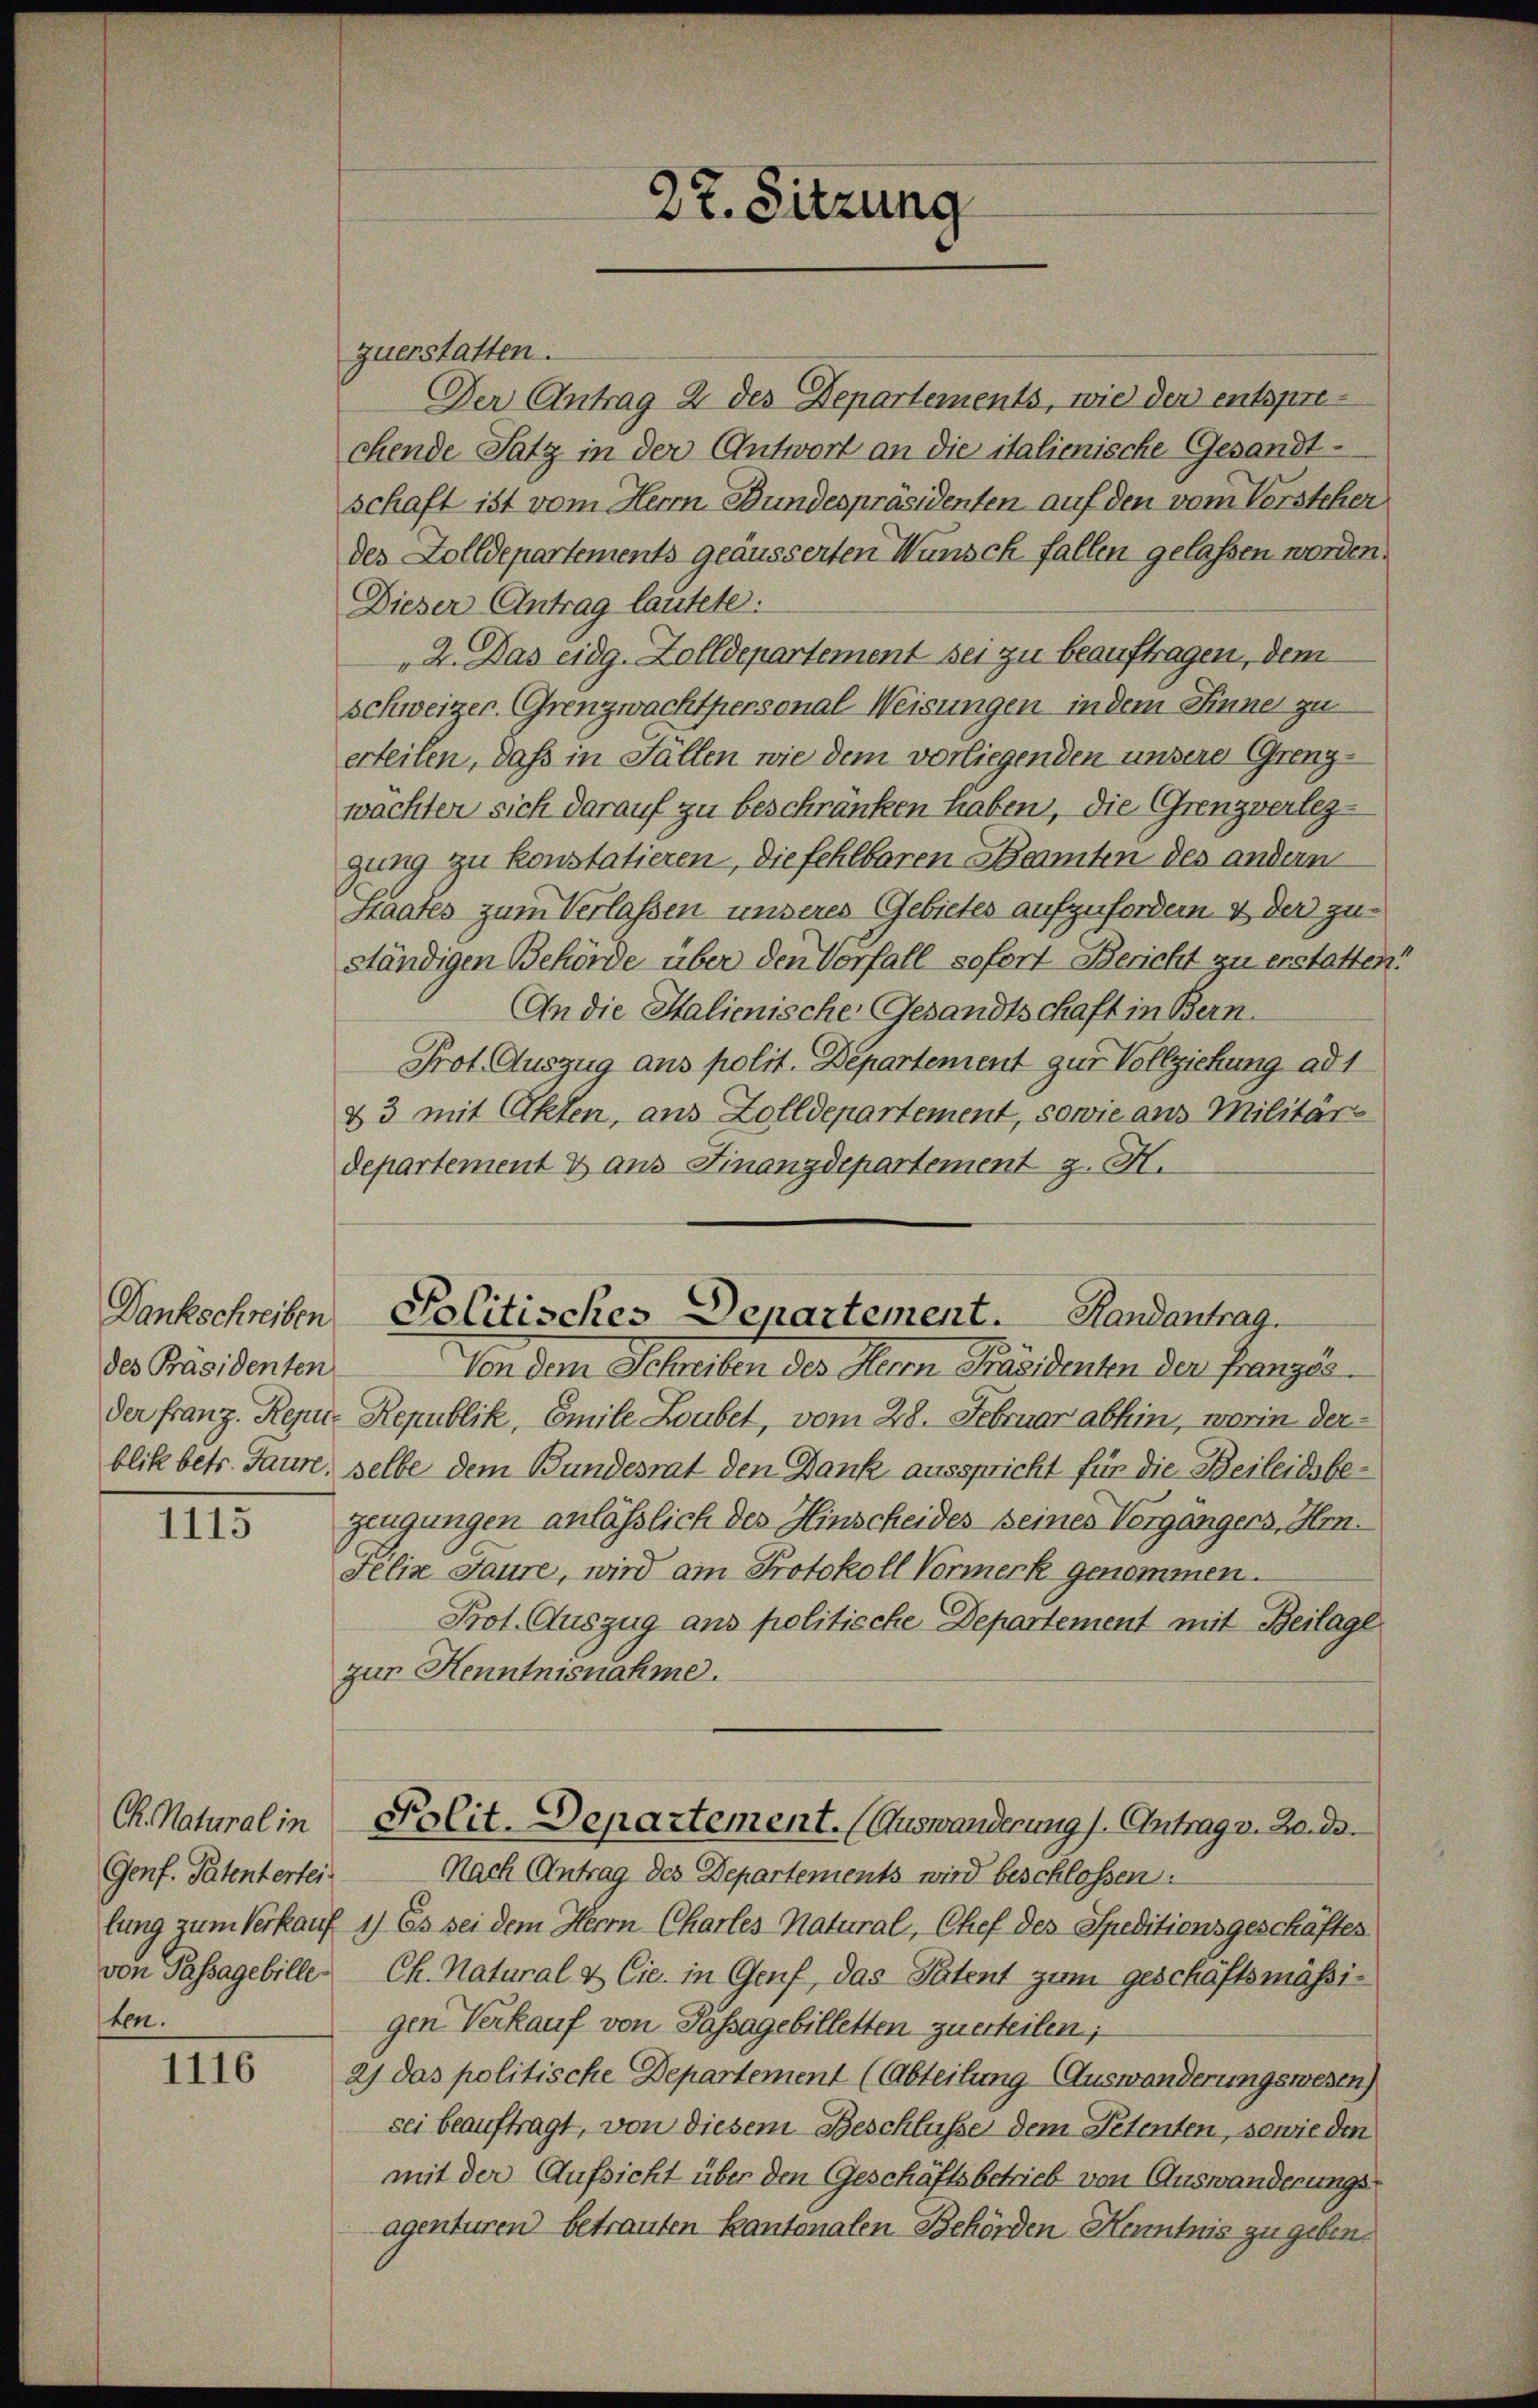
des Präsidenten

1115

Ch. Natural in
Genf. Patentertei
von Passagebille
ten.

1116

zuerstatten.
Der Antrag 2 des Departements, wie der entsprechende Satz in der Antwort an die italienische Gesandtschaft ist vom Herrn Bundespräsidenten auf den vom Versteher
des Zolldepartements geäusserten Wünsch fallen gelassen worden.
Dieser Antrag lautete.
2. Das eidg. Zolldepartement sei zu beauftragen, dem
Schweizer. Grenzwachtpersonal-Weisungen in dem Sinne zu
erteilen, daß in Fällen wie dem vorliegenden unsere Grenzwächten sich darauf zu beschränken haben, die Grenzverleggung zu konstatieren, die fehlbaren Beamten des andern
Staates zum Verlassen unseres Gebietes aufzufordern & der zuständigen Behörde über den Vorfall sofort Bericht zu erstatten:
An die Halienische Gesandtschaft in Bern.
Prot. Auszug aus polit. Departement zur Vollziehung ad 1
&3 mit Akten, aus Zolldepartement, sowie aus Militär-
departement & aus Finanzdepartement z. H.

27. Sitzung

Dankschreiben Politisches Departement. Handantrag

Von dem Schreiben des Herrn Präsidenten der Französ.
der Franz. Repu- Republik, Emile Loubet, vom 28. Februar abhin, worin derblik betr. Taure, selbe dem Bundesrat den Dank ausspricht für die Beileidsbezeugungen anlässlich des Hinscheides seines Vorgängers, Hrn.
Felix Saure, wird am Protokoll Vormerk genommen.
Prot. Auszug aus politische Departement mit Beilage
zur Henntnisnahme.
Polit. Departement. (Auswanderung / Antrag v. 2. de
Nach Antrag des Departements wird beschlossen:
lung zum Verkauf 1) Es sei dem Herrn Charles Natural, Chef des Speditionsgeschäftes
Ch. Natural & Cie in Genf, das Patent zum geschäftsmässigen Verkauf von Passagebilletten zu erteilen;
2) das politische Departement (Abteilung - Auswanderungswesen)
sei beauftragt, von diesem Beschlüsse dem Petenten, sowie den
mit der Aufsicht über den Geschäftsbetrieb von Auswanderungsagenturen betrauten kantonalen Behörden Kenntnis zu geben.